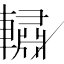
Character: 𰹧